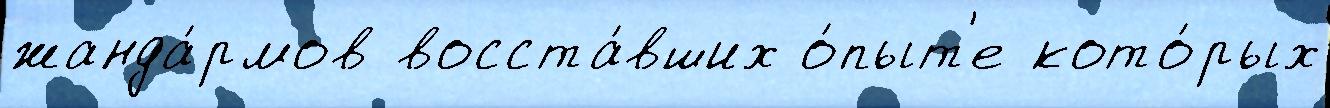
жанда́рмов восста́вших о́пыт'е кото́рых